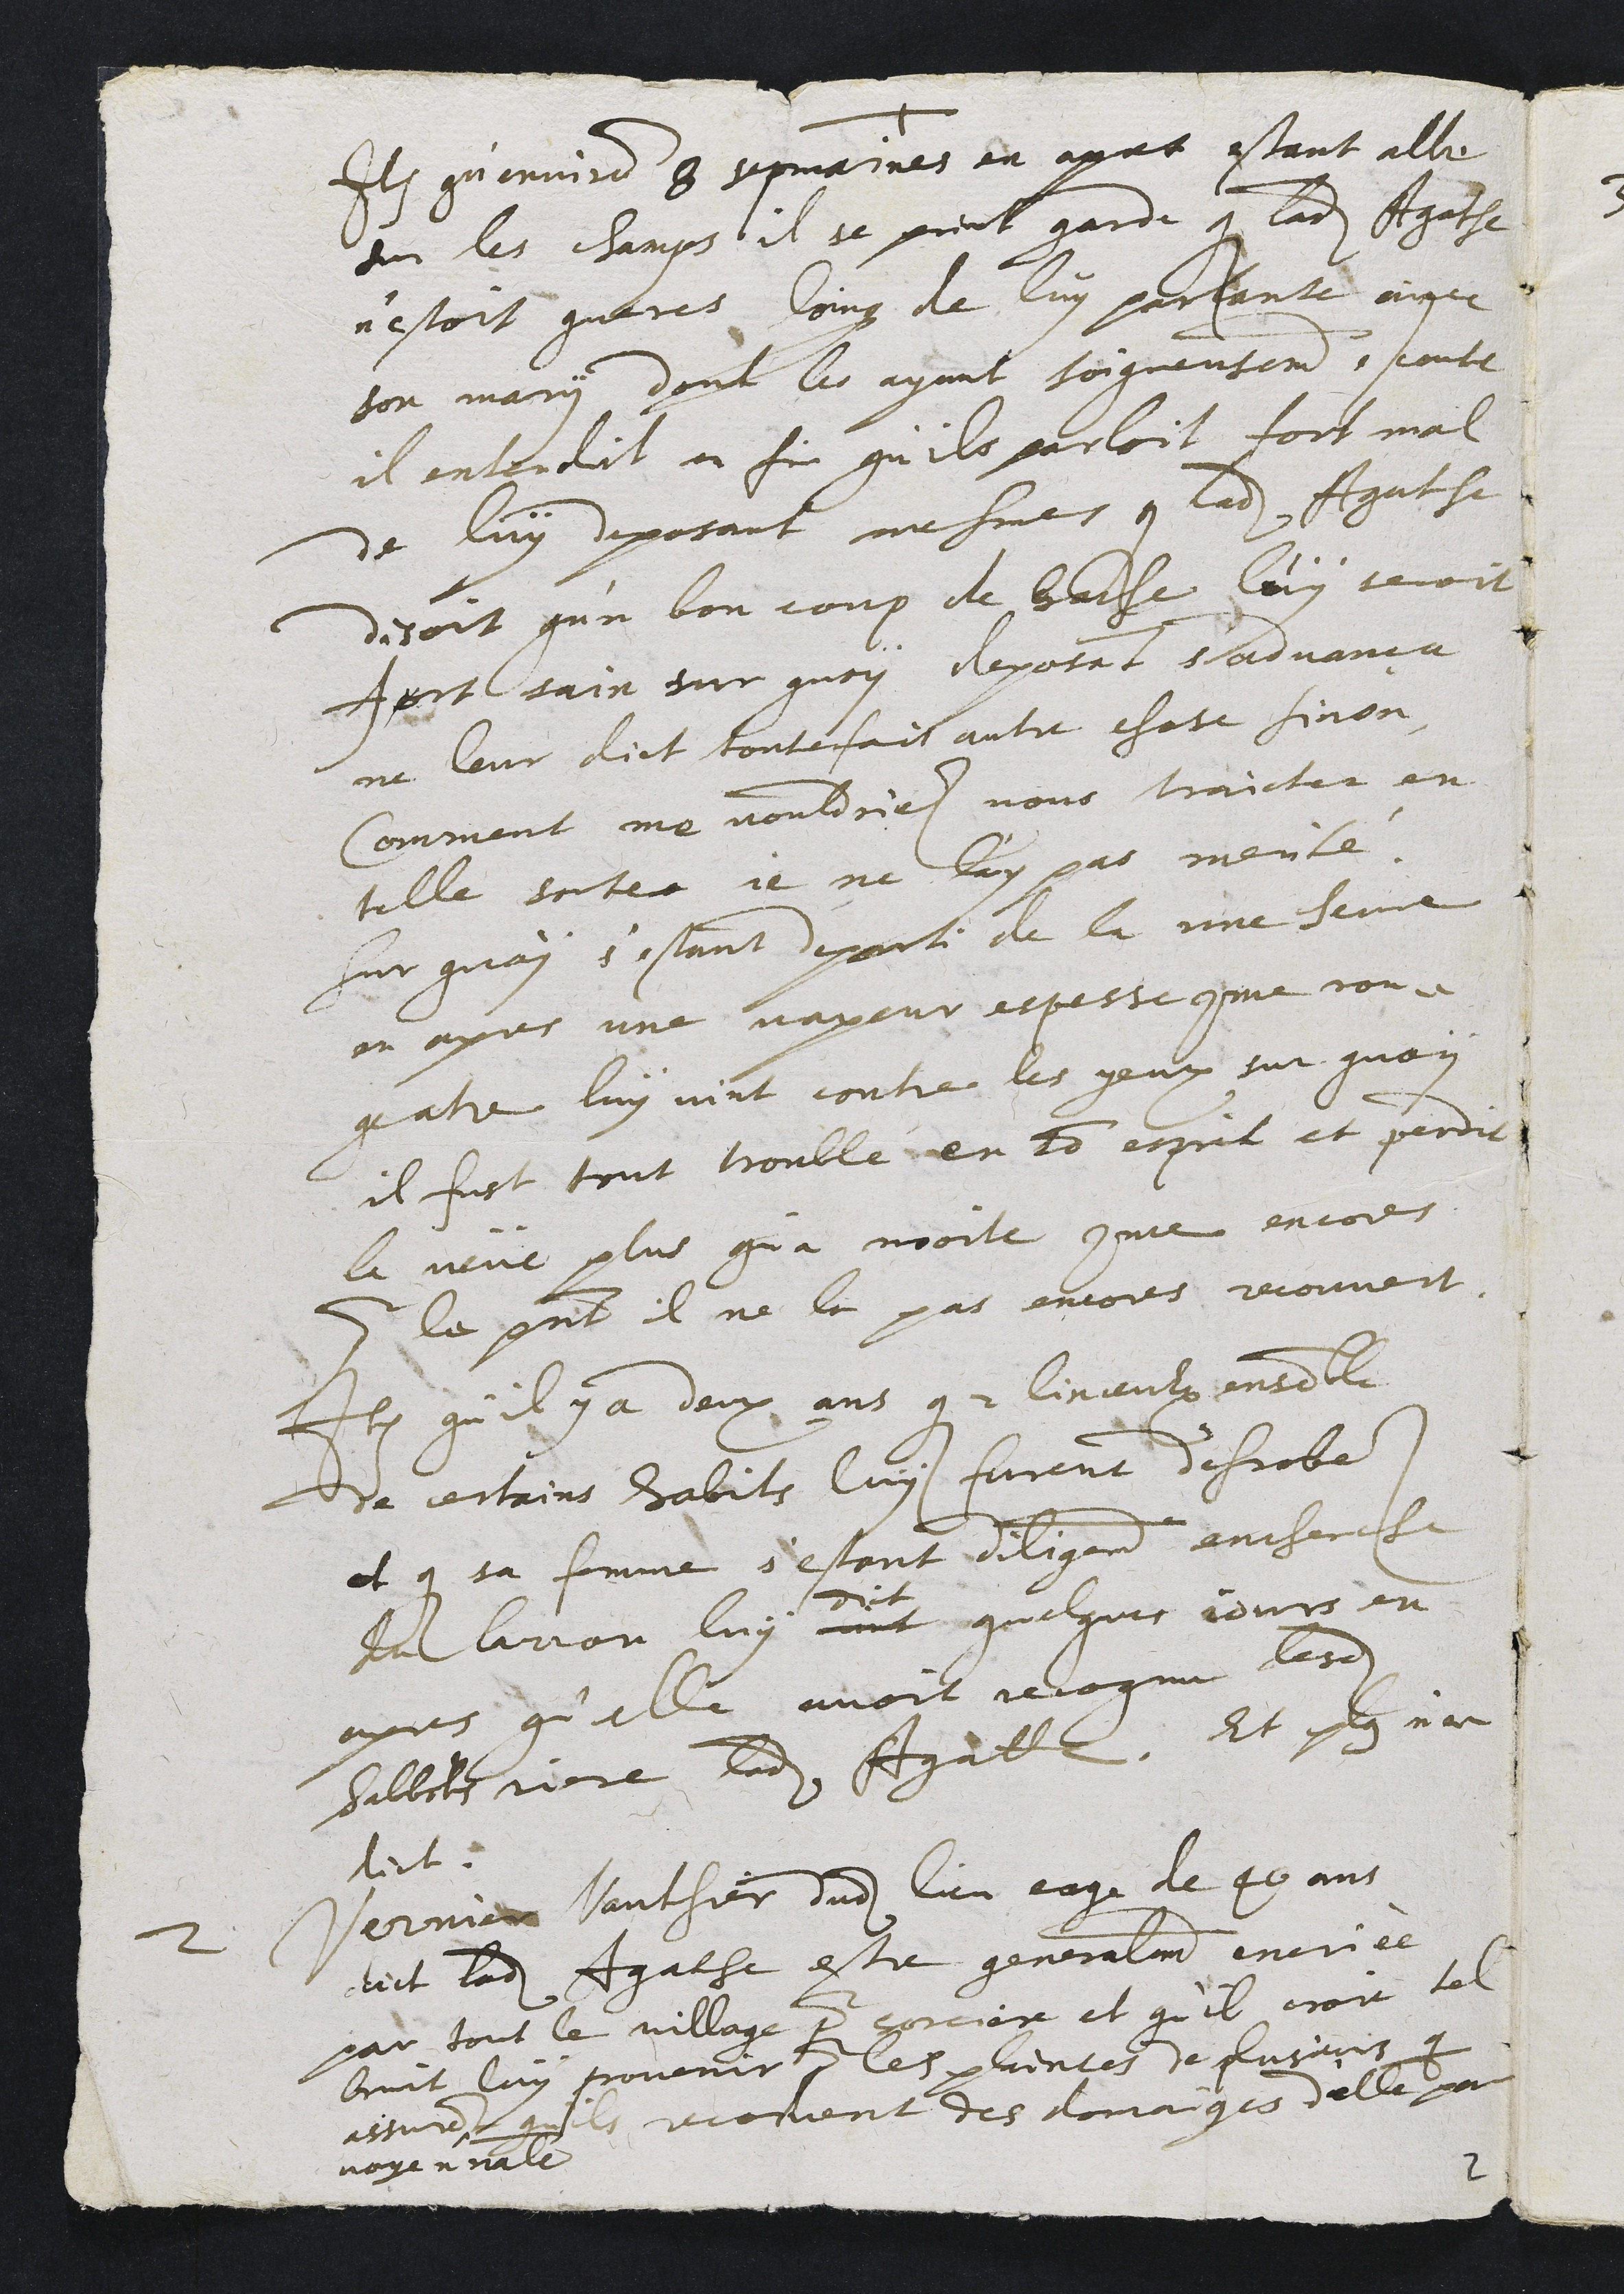
Item qu'environ 8 sepmaines en apres estant alle
sur les champs il se print garde que ladite Agathe
n'estoit gueres loing de luy parlante avec
son mary dont les ayant soigneusement ecoute
il entendit enfin qu'ils parloit fort mal
de luy deposant mesmes que ladite Agathe
disoit qu'n bon coup de hache luy seroit
fort sain sur quoy deposant s'advança
ne leur dict toutesfois autre chose sinon
Comment me vouldriez vous traicter en
telle sorte je ne l'ay pas merité.
Sur quoy s'estant departi de la une semaine
en apres une vapeur espesse comme con-
quatre luy vint contre les yeux sur quoy
il fust tout troublé en son esprit et perdit
la veüe plus qu'a moitie comme encores
pour le present il ne la pas encores recouvert.
Item qu'il y a deux ans que 2 linceulx ensemble
de certains habits luy furent desrobes
et que sa femme s'estant diligemment encherche
dudit larron luy vint
dict
quelques jours en
apres qu'elle avoit recognu lesdits
habbits riere ladite Agathe. Et plus n'en
dict.
2 Vernier Vauthier dudit lieu eage de 40 ans
dict ladite Agathe estre generalement encriee
par tout le village pour sorciere et qu'il croit tel
bruit luy provenir pour les plaintes de plusieurs que
assurent qu'ils receurent des domaiges d'elle par
voye non naturelle